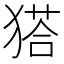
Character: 𤠟